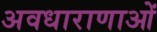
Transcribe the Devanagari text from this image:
अवधाराणाओं